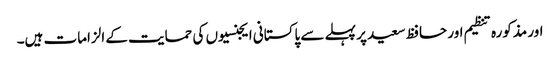
اور مذکورہ تنظیم اور حافظ سعید پر پہلے سے پاکستانی ایجنسیوں کی حمایت کے الزامات ہیں۔